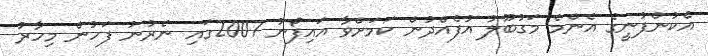
އެކުންފުނީގެ އެންމެ މަގުބޫލު އުފެއްދުން ކަމަށްވާ އައިފޯނު 2007ގައި ނެރުނު ފަހުން މިހާރު